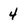
Character: 4